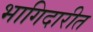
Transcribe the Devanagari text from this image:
भागिदारीत